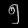
Digit: ၅